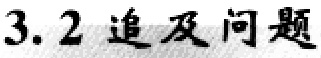
3.2 追及问题